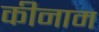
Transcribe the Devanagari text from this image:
कीनाम